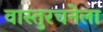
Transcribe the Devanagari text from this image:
वास्तुरचनेला